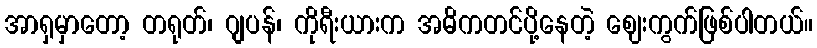
အာရှမှာတော့ တရုတ်၊ ဂျပန်၊ ကိုရီးယားက အဓိကတင်ပို့နေတဲ့ ဈေးကွက်ဖြစ်ပါတယ်။